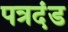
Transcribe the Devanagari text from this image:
पत्रदंड